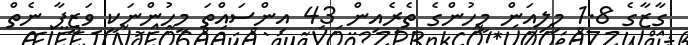
ގާޒާގެ 1.8 މިލިއަން މީހުންގެ ތެރެއިން 43 އިންސައްތަ މީހުންނަކީ ވަޒީފާ ނެތް